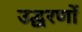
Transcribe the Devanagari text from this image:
उद्घरणों